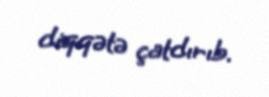
diqqətə çatdırıb.